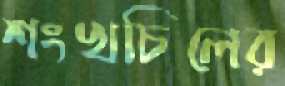
শংখচিলের